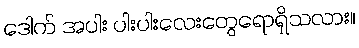
ဒေါက် အပါး ပါးပါးလေးတွေရောရှိသလား။